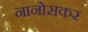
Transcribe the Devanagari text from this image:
नानोसकर